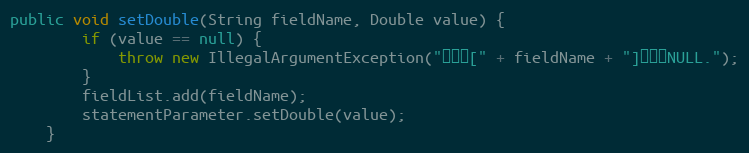
Language: Java
public void setDouble(String fieldName, Double value) {
		if (value == null) {
			throw new IllegalArgumentException("参数值[" + fieldName + "]不能为NULL.");
		}
		fieldList.add(fieldName);
		statementParameter.setDouble(value);
	}